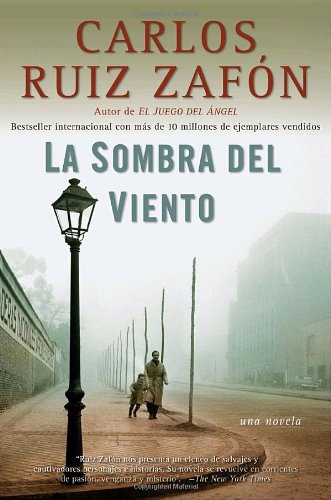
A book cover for La Sombra del Viento (Spanish Edition); Carlos Ruiz Zafon; Mystery, Thriller & Suspense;